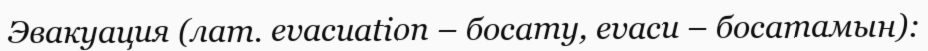
Эвакуация (лат. evacuatіon – босату, evacu – босатамын):